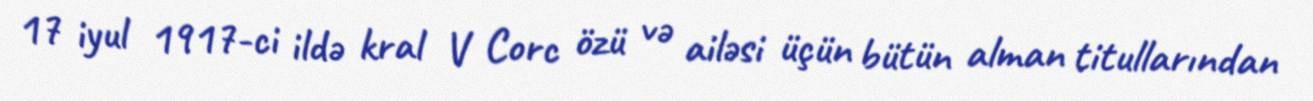
17 iyul 1917-ci ildə kral V Corc özü və ailəsi üçün bütün alman titullarından